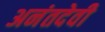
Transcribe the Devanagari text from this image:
अनंतदेवी